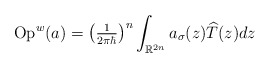
\begin{align*}\operatorname*{Op}\nolimits^{w}(a)=\left( \tfrac{1}{2\pi\hbar}\right)^{n}\int_{\mathbb{R}^{2n}}a_{\sigma}(z)\widehat{T}(z)dz \end{align*}